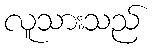
လူသားသည်